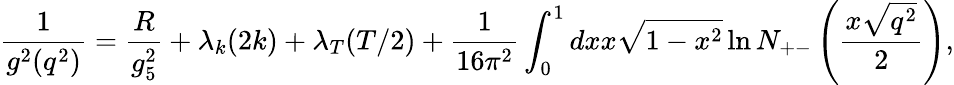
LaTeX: {\frac{1}{g^{2}(q^{2})}}={\frac{R}{g_{5}^{2}}}+\lambda_{k}(2k)+\lambda_{T}(T/2)+{\frac{1}{16\pi^{2}}}\int_{0}^{1}dxx\sqrt{1-x^{2}}\ln N_{+-}\left({\frac{x\sqrt{q^{2}}}{2}}\right),